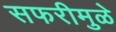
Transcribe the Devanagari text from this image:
सफरीमुळे